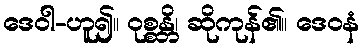
ဒေဝါ-ဟူ၍။ ဝုစ္စန္တိ၊ ဆိုကုန်၏။ ဒေဝနံ